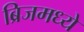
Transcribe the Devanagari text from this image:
ब्रिजमध्ये